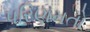
પરિણમતો